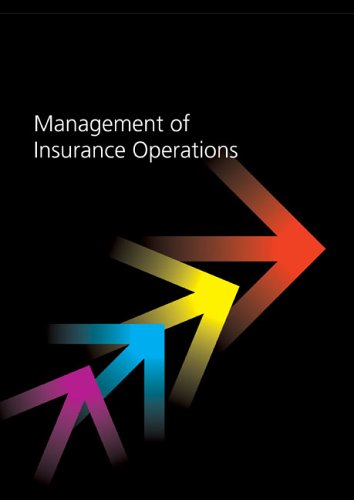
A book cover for Management of Insurance Operations; Ian Bates; Business & Money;